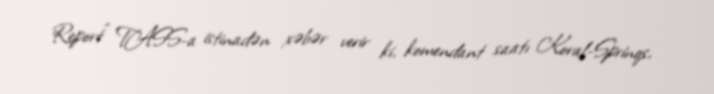
Report" TASS-a istinadən xəbər verir ki, komendant saatı Koral-Sprinqs,